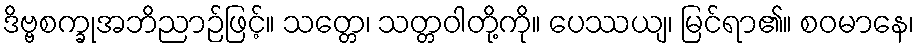
ဒိဗ္ဗစက္ခုအဘိညာဉ်ဖြင့်။ သတ္တေ၊ သတ္တဝါတို့ကို။ ပေဿယျ၊ မြင်ရာ၏။ စဝမာနေ၊